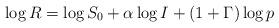
LaTeX: \begin{align*}\log R = \log S_0 + \alpha \log I + ( 1 + \Gamma) \log p \end{align*}